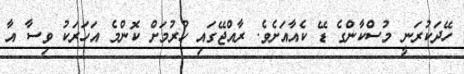
ހޭދަކުރަނީ މުސްކާންގެ ޑޭ ކެއާއަށެވެ. ރާއްޖޭގައި ހުރުމަށް ކޮންމެ އަހަރަކު ވިސާ އާ